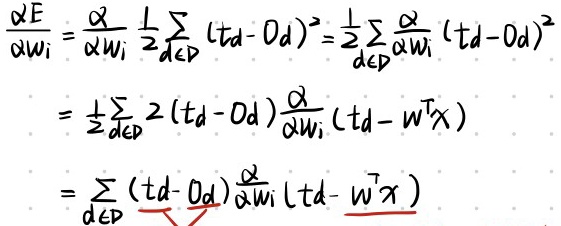
\[
\begin{align*}
\frac{\partial E}{\partial w_i} &= \frac{\partial}{\partial w_i} \frac{1}{2} \sum_{d \in D} (t_d - O_d)^2 = \frac{1}{2} \sum_{d \in D} \frac{\partial}{\partial w_i} (t_d - O_d)^2 \\
&= \frac{1}{2} \sum_{d \in D} 2 (t_d - O_d) \frac{\partial}{\partial w_i} (t_d - w^T x) \\
&= \sum_{d \in D} (t_d - O_d) \frac{\partial}{\partial w_i} (t_d - w^T x)
\end{align*}
\]